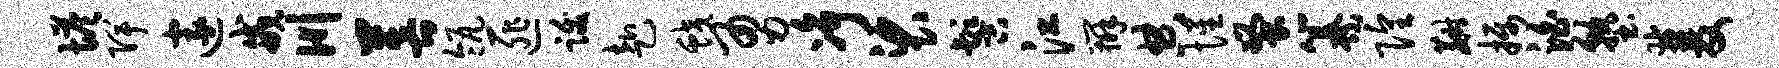
塔陴邃戒川菩瓴匪跋赴蛟勇净裟髻江辨典惺蚤纂隍麝摄泊塾双